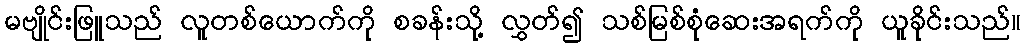
မဗျိုင်းဖြူသည် လူတစ်ယောက်ကို စခန်းသို့ လွှတ်၍ သစ်မြစ်စုံဆေးအရက်ကို ယူခိုင်းသည်။